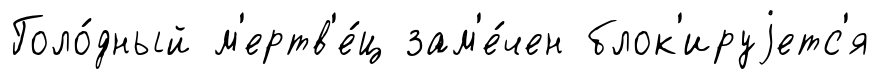
Голо́дный м'ертв'е́ц зам'е́чен блок'ируjетс'я